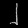
Digit: ၂